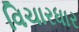
વિચારધાર